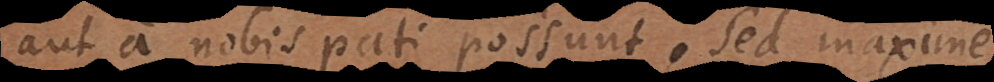
aut a nobis pati possunt; sed maxime